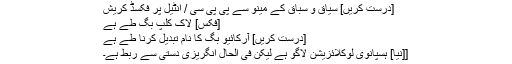
[درست کریں] سیاق و سباق کے مینو سے پی پی سی / انٹیل پر فکسڈ کریش
[فکس] لاک کلپ بگ طے ہے
[درست کریں] آرکائیو بگ کا نام تبدیل کرنا طے ہے
[[نیا] ہسپانوی لوکلائزیشن لاگو ہے لیکن فی الحال انگریزی دستی سے ربط ہے۔